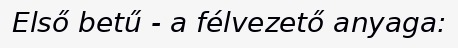
Első betű - a félvezető anyaga: